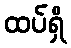
ထပ်ရှိ